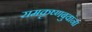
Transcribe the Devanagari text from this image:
रामकृष्णबुवांना